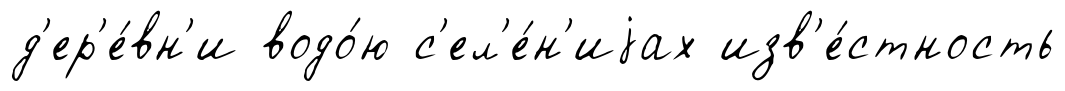
д'ер'е́вн'и водо́ю с'ел'е́н'иjах изв'е́стность